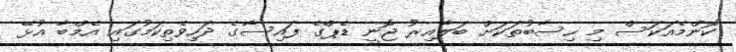
ކޮންމެއަކަސް މި ހިސާބުތަކަށް ބަލާއިރު ޖޮނީ ޑެޕްގެ ފައިސާގެ ދަހިވެތިކަމުގައި އެމްބާ އުޅޭ